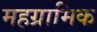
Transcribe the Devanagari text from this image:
महग्रामिक